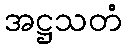
အဋ္ဌသတံ